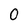
Character: 0